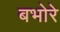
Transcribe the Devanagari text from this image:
बभोरे